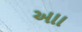
આા